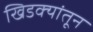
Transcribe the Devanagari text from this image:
खिडक्यांतून